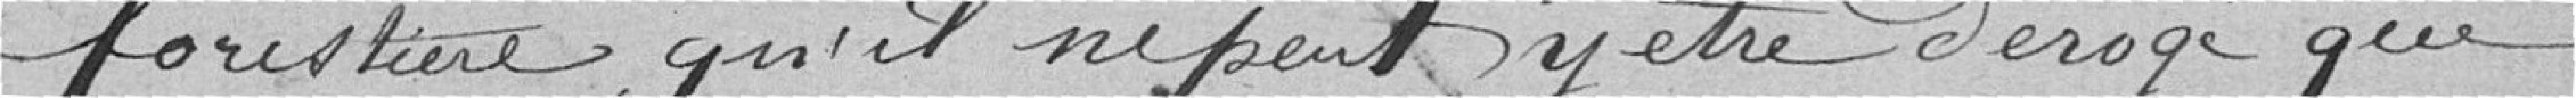
forestière, qu'il ne peut y être dérogé que